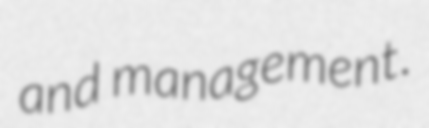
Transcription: and management.